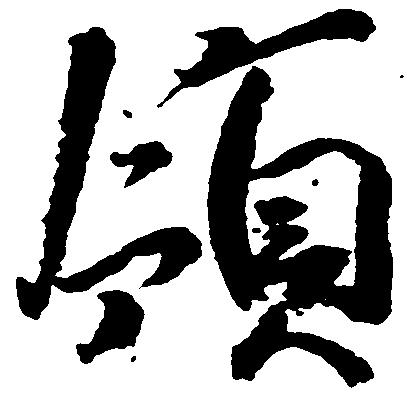
領